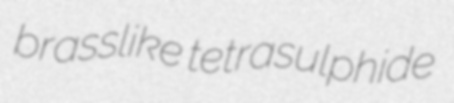
brasslike tetrasulphide